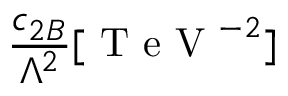
\frac { c _ { 2 B } } { \Lambda ^ { 2 } } [ \mathrm { ~ T ~ e ~ V ~ } ^ { - 2 } ]